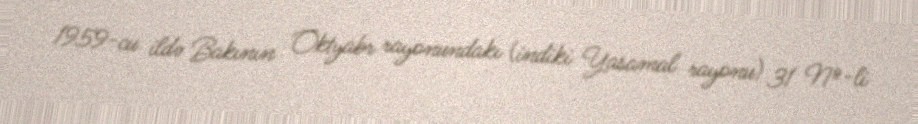
1959-cu ildə Bakının Oktyabr rayonundakı (indiki Yasamal rayonu) 31 №-li